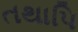
તથાપિ